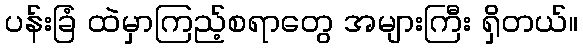
ပန်းခြံ ထဲမှာကြည့်စရာတွေ အများကြီး ရှိတယ်။